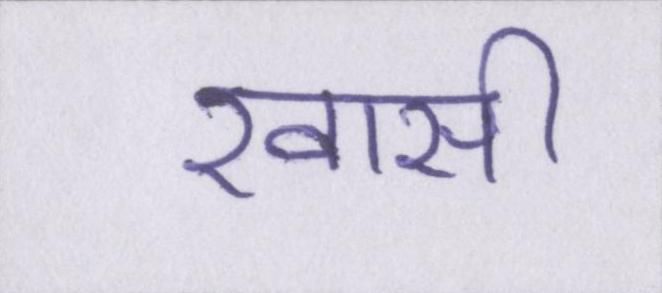
खासी